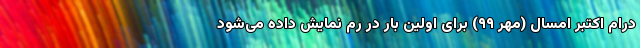
درام اکتبر امسال (مهر ۹۹) برای اولین بار در رُم نمایش داده می‌شود